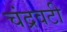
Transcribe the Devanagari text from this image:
चंद्रवटी